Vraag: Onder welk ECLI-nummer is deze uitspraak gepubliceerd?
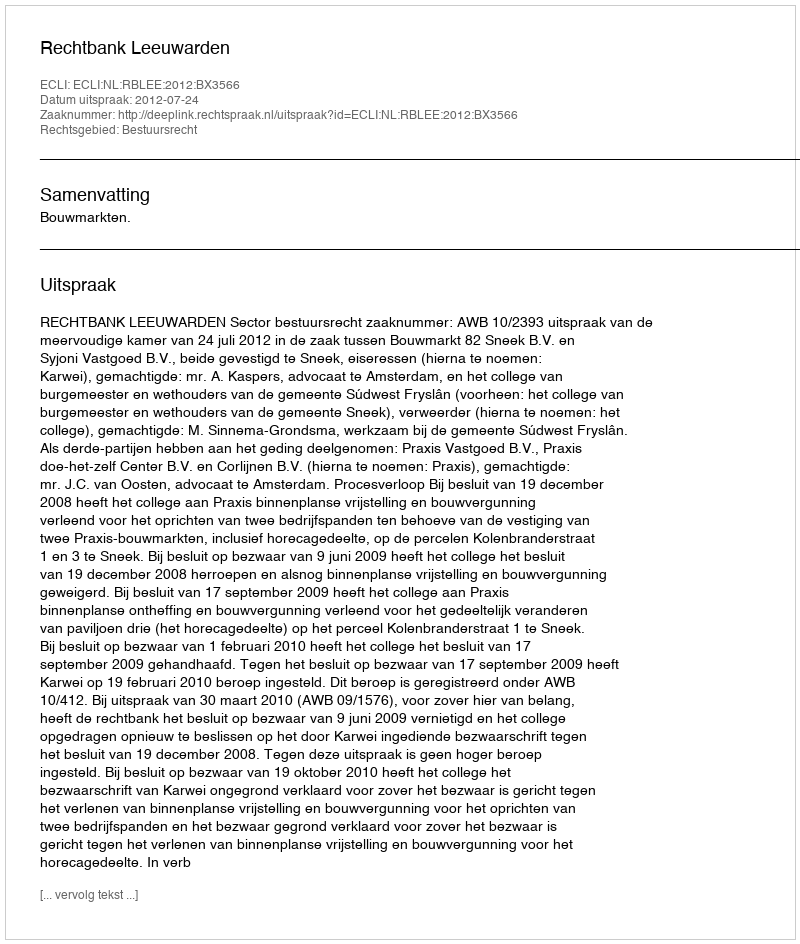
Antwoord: ECLI:NL:RBLEE:2012:BX3566